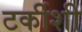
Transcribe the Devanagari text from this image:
टर्कीशी